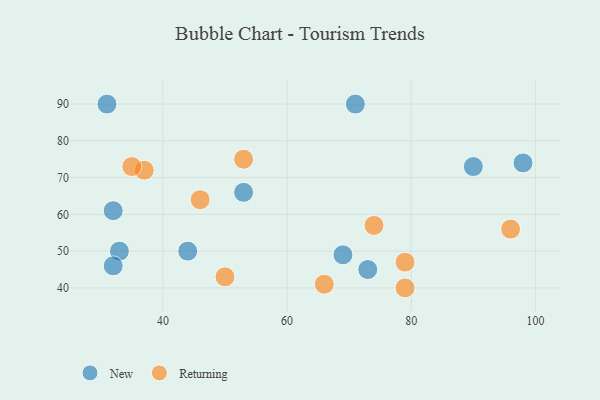
{"axis": {"x": "GDP", "y": "Life Expectancy"}, "legend": ["New", "Returning"], "data": [{"x": "69", "y": 49, "type": "New"}, {"x": "32", "y": 61, "type": "New"}, {"x": "53", "y": 66, "type": "New"}, {"x": "71", "y": 90, "type": "New"}, {"x": "90", "y": 73, "type": "New"}, {"x": "33", "y": 50, "type": "New"}, {"x": "32", "y": 46, "type": "New"}, {"x": "31", "y": 90, "type": "New"}, {"x": "73", "y": 45, "type": "New"}, {"x": "44", "y": 50, "type": "New"}, {"x": "98", "y": 74, "type": "New"}, {"x": "37", "y": 72, "type": "Returning"}, {"x": "79", "y": 47, "type": "Returning"}, {"x": "46", "y": 64, "type": "Returning"}, {"x": "74", "y": 57, "type": "Returning"}, {"x": "53", "y": 75, "type": "Returning"}, {"x": "50", "y": 43, "type": "Returning"}, {"x": "66", "y": 41, "type": "Returning"}, {"x": "35", "y": 73, "type": "Returning"}, {"x": "79", "y": 40, "type": "Returning"}, {"x": "96", "y": 56, "type": "Returning"}]}